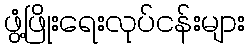
ဖွံ့ဖြိုးရေးလုပ်ငန်းများ